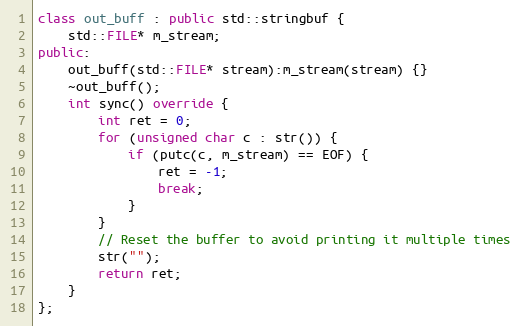
Language: C++
class out_buff : public std::stringbuf {
    std::FILE* m_stream;
public:
    out_buff(std::FILE* stream):m_stream(stream) {}
    ~out_buff();
    int sync() override {
        int ret = 0;
        for (unsigned char c : str()) {
            if (putc(c, m_stream) == EOF) {
                ret = -1;
                break;
            }
        }
        // Reset the buffer to avoid printing it multiple times
        str("");
        return ret;
    }
};